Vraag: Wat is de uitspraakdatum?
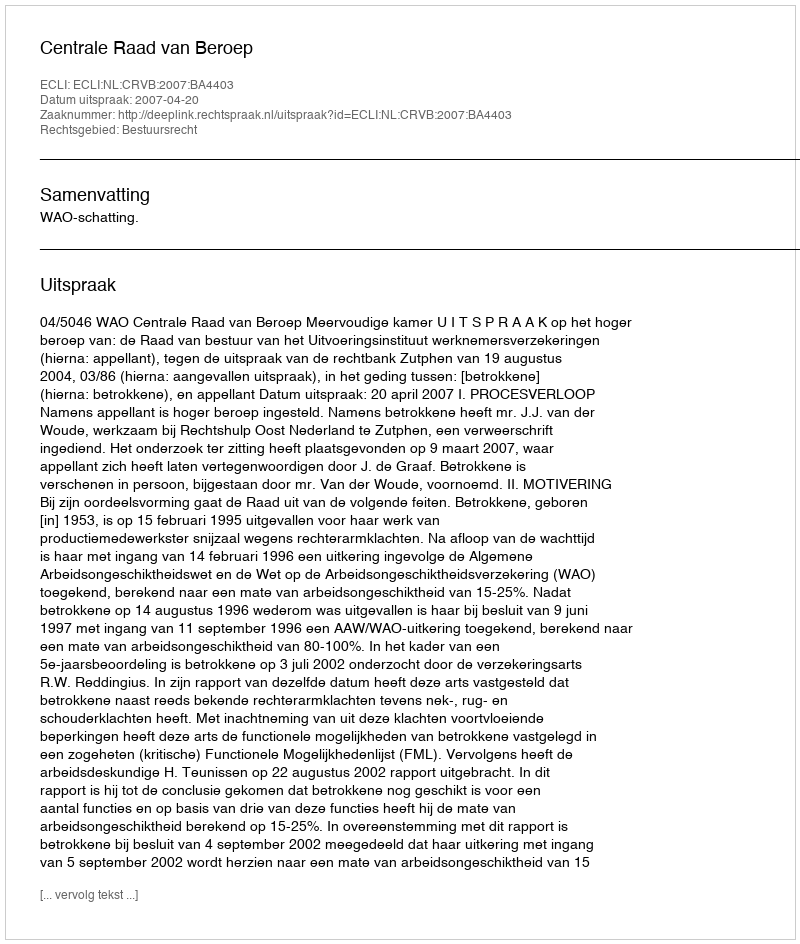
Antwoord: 2007-04-20